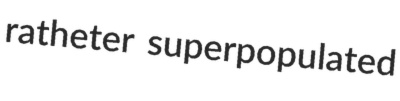
ratheter superpopulated